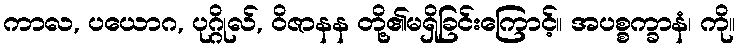
ကာလ, ပယောဂ, ပုဂ္ဂိုလ်, ဝိဇာနန တို့၏မရှိခြင်းကြောင့်။ အပစ္စက္ခာနံ၊ ကို။